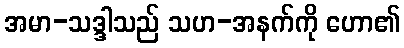
အမာ-သဒ္ဒါသည် သဟ-အနက်ကို ဟော၏